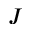
J